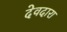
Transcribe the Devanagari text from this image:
देवदारा